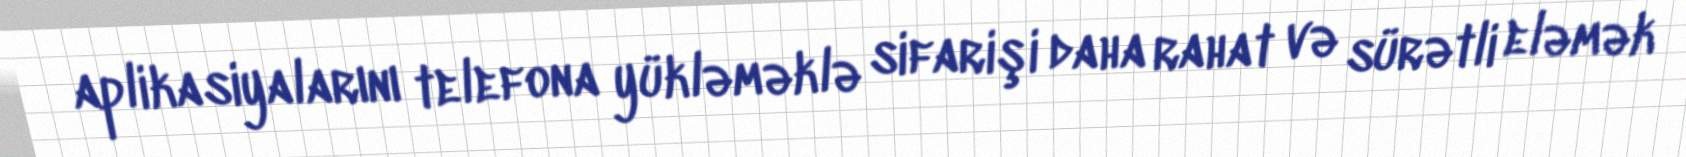
aplikasiyalarını telefona yükləməklə sifarişi daha rahat və sürətli eləmək